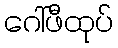
ဂေါ်ဖီထုပ်